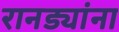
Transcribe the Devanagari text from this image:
रानड्यांना